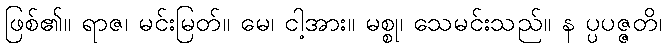
ဖြစ်၏။ ရာဇ၊ မင်းမြတ်။ မေ၊ ငါ့အား။ မစ္စု၊ သေမင်းသည်။ န ပ္ပပဇ္ဇတိ၊